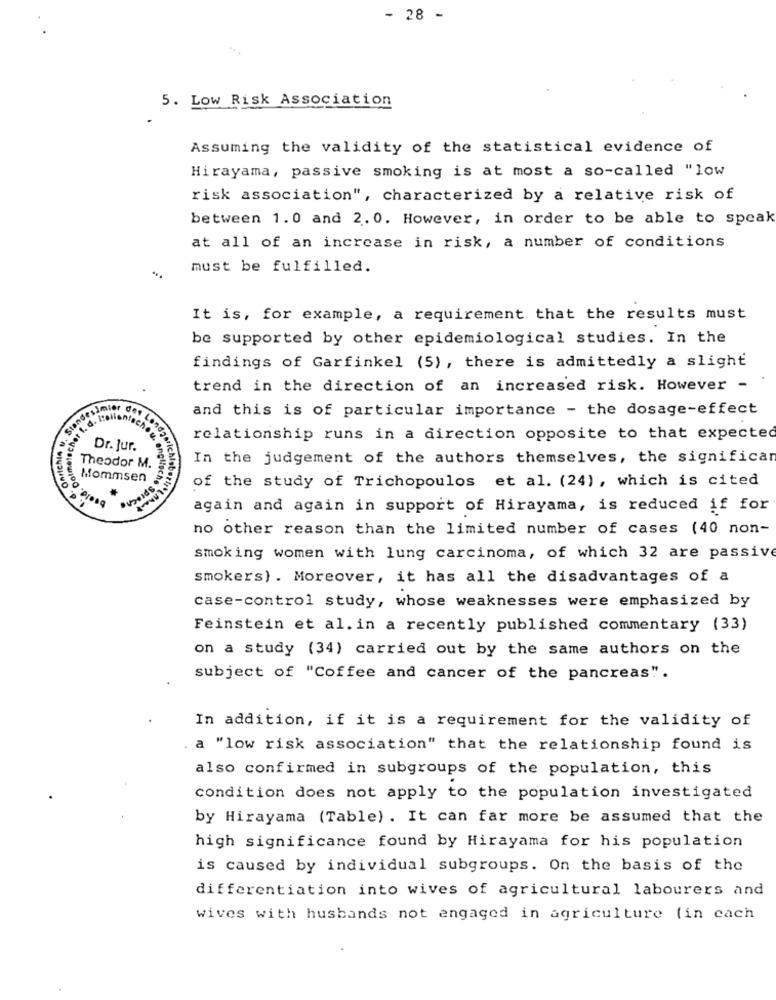
- 28 -
....
5. Low Risk Association
Assuming the validity of the statistical evidence of
Hirayama, passive smoking is at most a so-called "low
risk association", characterized by a relative risk of
between 1.0 and 2.0. However, in order to be able to speak
at all of an increase in risk, a number of conditions
must be fulfilled.
It is, for example, a requirement that the results must
be supported by other epidemiological studies. In the
findings of Garfinkel (5), there is admittedly a slight
trend in the direction of an increased risk. However -
ndesim
and this is of particular importance - the dosage-effect
ogele. Dolmetscher f.
. Italiantech
"Queis
relationship runs in a direction opposite to that expected
Dr. Jur.
In the judgement of the authors themselves, the significar
Theodor M.
Mommsen
of the study of Trichopoulos et al. (24), which is cited
again and again in support of Hirayama, is reduced if for
no other reason than the limited number of cases (40 non-
smoking women with lung carcinoma, of which 32 are passive
smokers) . Moreover, it has all the disadvantages of a
case-control study, whose weaknesses were emphasized by
Feinstein et al. in a recently published commentary (33)
on a study (34) carried out by the same authors on the
subject of "Coffee and cancer of the pancreas".
In addition, if it is a requirement for the validity of
. a "low risk association" that the relationship found is
also confirmed in subgroups of the population, this
condition does not apply to the population investigated
by Hirayama (Table) . It can far more be assumed that the
high significance found by Hirayama for his population
is caused by individual subgroups. On the basis of the
differentiation into wives of agricultural labourers and
wives with husbands not engaged in agriculture (in each